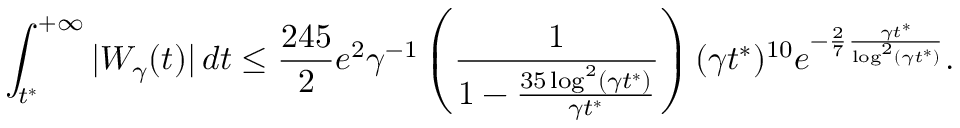
\int _ { t ^ { * } } ^ { + \infty } | W _ { \gamma } ( t ) | \, d t \leq \frac { 2 4 5 } { 2 } e ^ { 2 } \gamma ^ { - 1 } \left( \frac { 1 } { 1 - \frac { 3 5 \log ^ { 2 } ( \gamma t ^ { * } ) } { \gamma t ^ { * } } } \right) ( \gamma t ^ { * } ) ^ { 1 0 } e ^ { - \frac { 2 } { 7 } \frac { \gamma t ^ { * } } { \log ^ { 2 } ( \gamma t ^ { * } ) } } .